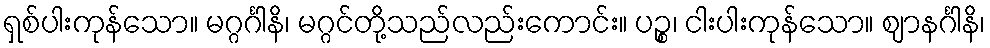
ရှစ်ပါးကုန်သော။ မဂ္ဂင်္ဂါနိ၊ မဂ္ဂင်တို့သည်လည်းကောင်း။ ပဉ္စ၊ ငါးပါးကုန်သော။ ဈာနင်္ဂါနိ၊